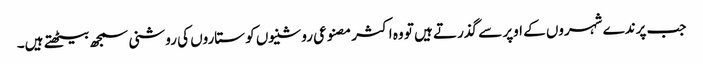
جب پرندے شہروں کے اوپر سے گذرتے ہیں تو وہ اکثر مصنوعی روشنیوں کو ستاروں کی روشنی سمجھ بیٹھتے ہیں۔